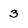
Character: 3